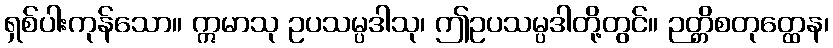
ရှစ်ပါးကုန်သော။ ဣမာသု ဥပသမ္ပဒါသု၊ ဤဥပသမ္ပဒါတို့တွင်။ ဉတ္တိစတုတ္ထေန၊